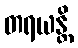
တရယန္တိ